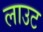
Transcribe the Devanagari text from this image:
लाउट